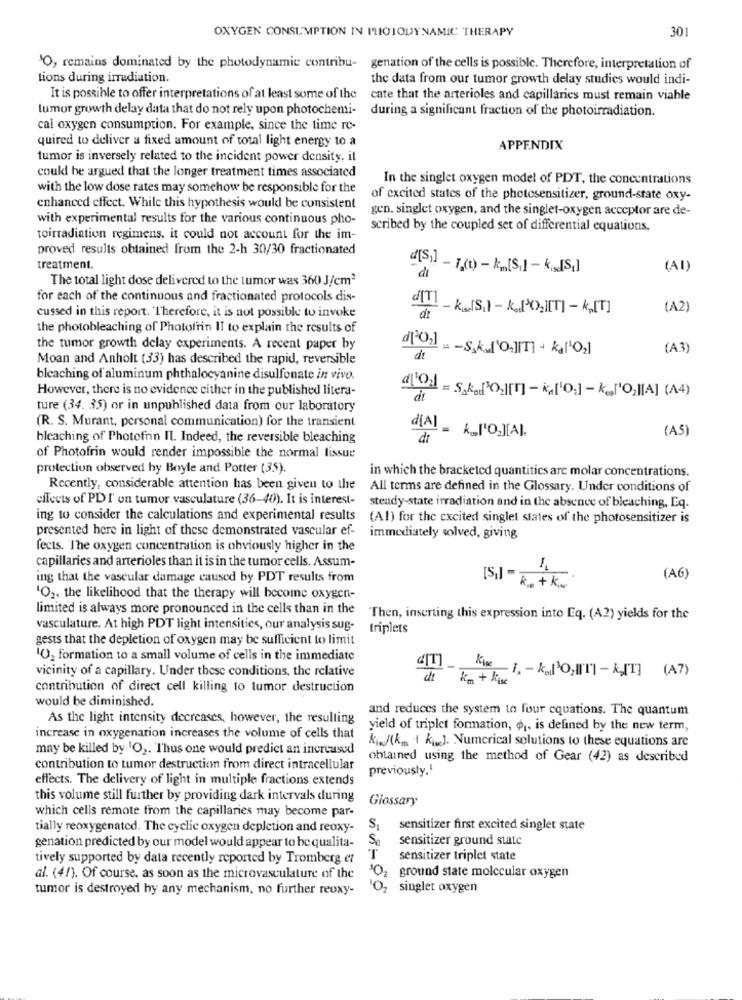
OXYGEN CONSUMPTION IN PHOTODYNAMIC THERAPY
301
"O, remains dominated by the photodynamic contribu- genation of the cells is possible. Therefore, interpretation of
tions during irradiation.
the data from our tumor growth delay studies would indi-
It is possible to offer interpretations of at least some of the
ente that the arterioles and capillaries must remain viable
tumor growth delay data that do not rely upon photochemi-
during a significant fraction of the photoirradiation.
cai oxygen consumption. For example, since the time re-
quired to deliver a fixed amount of total light energy to a
APPENDIX
tumor is inversely related to the incident power density, il
could be argued that the longer treatment times associated
In the singlet oxygen model of PDT, the concentrations
with the low dose rates may somehow be responsible for the
of excited states of the photosensitizer, ground-state oxy-
enhanced effect. While this hypothesis would be consistent
gen. singlet oxygen, and the singlet-oxygen acceptor are de-
with experimental results for the various continuous pho-
scribed by the coupled set of differential equations,
toirradiation regimens, it could not account for the im-
proved results obtained from the 2-h 30/30 fractionated
treatment.
(AI)
The total light dose delivered to the tumor was 360 J/cm2
di
for each of the continuous and fractionated protocols dis-
d[T] _ kw(S.) - Kg(30;][T] - [T]
(A2)
cussed in this report. Therefore, it is not possible to invoke
the photobleaching of Photofrin II to explain the results of
the tumor growth delay experiments. A recent paper by
(A.3)
Moan and Anholt (33) has described the rapid, reversible
die
bleaching of aluminum phthalocyanine disulfonate in vivo.
However, there is no evidence either in the published litera-
ture (34. 35) or in unpublished data from our laboratory
(R. S. Murant, personal communication) for the transient
(A5)
bleaching of Photofrin Il. Indeed, the reversible bleaching
d[Al _ k_['O2][A].
dt
of Photofrin would render impossible the normal tissue
protection observed by Boyle and Potter (35).
in which the bracketed quantities arc molar concentrations.
Recently, considerable attention has been given to the
All terms are defined in the Glossary. Under conditions of
effects of PDI' on tumor vasculature (36-40). It is interest-
steady-state irradiation and in the absence of bleaching, Eq.
ing to consider the calculations and experimental results
(Al) for the excited singlet states of the photosensitizer is
presented here in light of these demonstrated vascular ef-
immediately solved, giving
fects. The oxygen concentration is obviously higher in the
capillaries and arterioles than it is in the tumor cells. Assum-
ing that the vascular damage caused by PDT results from
(AG)
[S]] = K + Kis
"O2. the likelihood that the therapy will become oxygen-
limited is always more pronounced in the cells than in the
Then, inserting this expression into Eq. (A2) yields for the
vasculature. At high PDT light intensities, our analysis sug-
triplets
gests that the depletion of oxygen may be sufficient to limit
10, formation to a small volume of cells in the immediate
vicinity of a capillary. Under these conditions, the relative
2IT]
1 km + kis
- i. - k.1302 [] - k.[T] (A7)
contribution of direct cell killing to tumor destruction
would be diminished.
and reduces the system to four equations. The quantum
As the light intensity decreases, however, the resulting
yield of triplet formation, ø1. is defined by the new term,
increase in oxygenation increases the volume of cells that
Kind(km 1 kw). Numerical solutions to these equations are
may be killed by 'O2. Thus one would predict an increased
obtained using the method of Gear (42) as described
contribution to tumor destruction from direct intracellular
previously.1
effects. The delivery of light in multiple fractions extends
this volume still further by providing dark intervals during
Glossary
which cells remote from the capillaries may become par-
tially reoxygenated. The cyclic oxygen depletion and reoxy-
sensitizer first excited singlet state
genation predicted by our model would appear to be qualita-
sensitizer ground state
tively supported by data recently reported by Tromberg et
sensitizer triplet state
al. (4/). Of course, as soon as the microvasculature of the
ground state molecular oxygen
tumor is destroyed by any mechanism, no further reoxy-
singlet oxygen